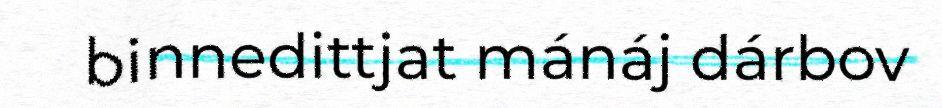
binnedittjat mánáj dárbov